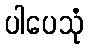
ပါပေသုံ